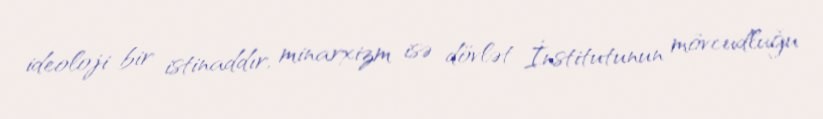
ideoloji bir istinaddır, minarxizm isə dövlət İnstitutunun mövcudluğu